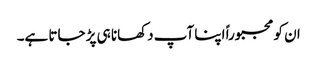
ان کو مجبوراً اپنا آپ دکھانا ہی پڑ جاتا ہے۔